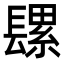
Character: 𮤄